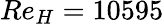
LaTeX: Re_{H}=10595